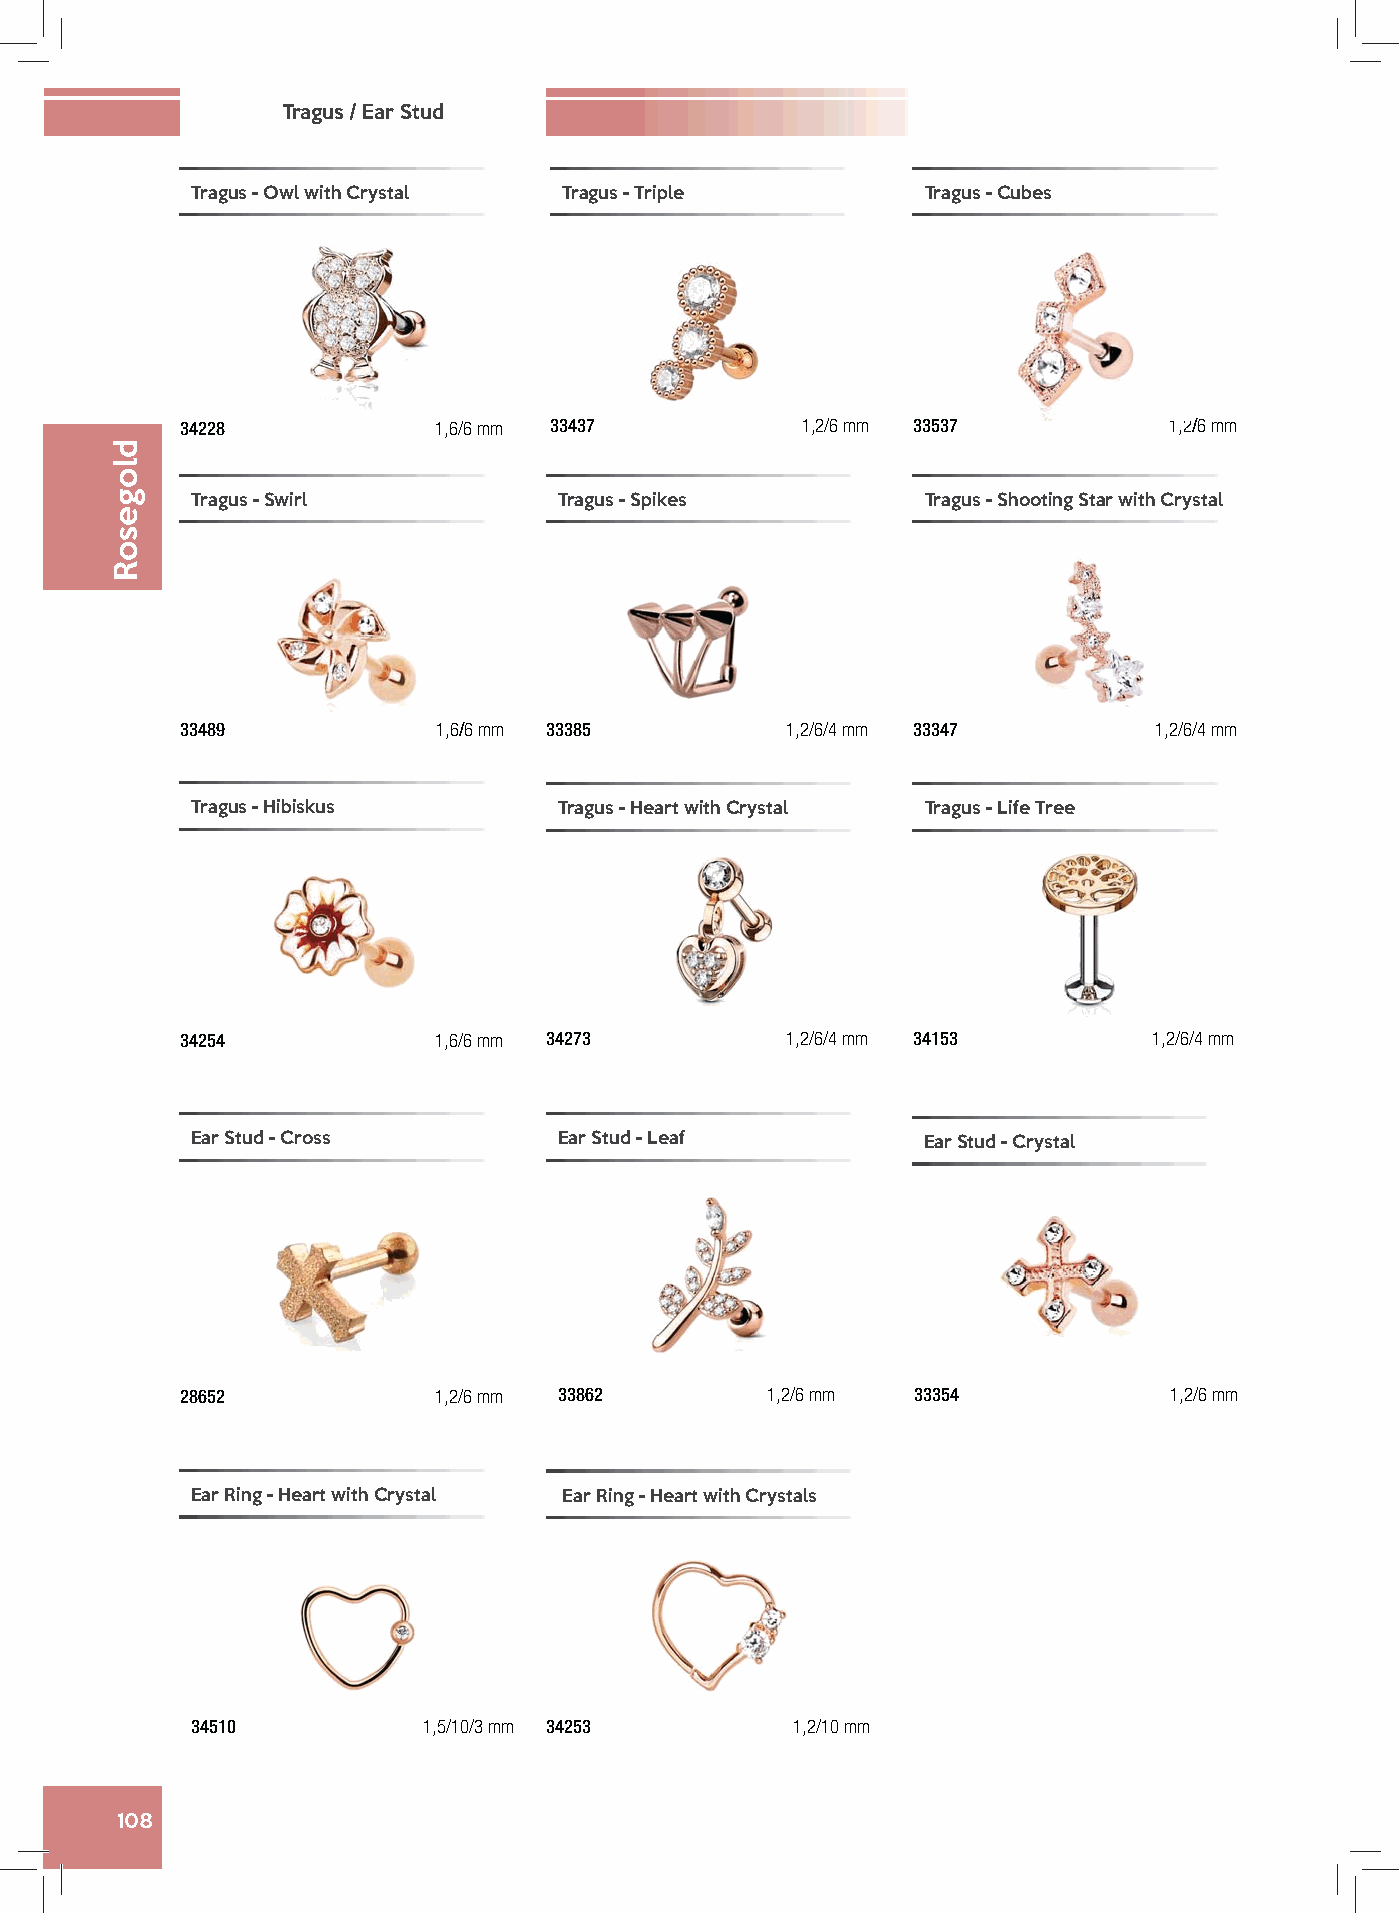
Tragus / Ear Stud
 Tragus - Owl with Crystal Tragus - Triple       Tragus - Cubes
 34228            1,6/6 mm 33437          1,2/6 mm 33537          1,2/6 mm
 Tragus - Swirl          Tragus - Spikes         Tragus - Shooting Star with Crystal
 33489            1,6/6 mm 33385         1,2/6/4 mm 33347         1,2/6/4 mm
 Tragus - Hibiskus       Tragus - Heart with Crystal Tragus - Life Tree
 34254            1,6/6 mm 34273         1,2/6/4 mm 34153        1,2/6/4 mm
 Ear Stud - Cross        Ear Stud - Leaf         Ear Stud - Crystal
 28652            1,2/6 mm 33862        1,2/6 mm 33354            1,2/6 mm
 Ear Ring - Heart with Crystal Ear Ring - Heart with Crystals
 34510          1,5/10/3 mm 34253        1,2/10 mm
 108
 dlogesoR